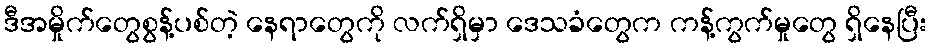
ဒီအမှိုက်တွေစွန့်ပစ်တဲ့ နေရာတွေကို လက်ရှိမှာ ဒေသခံတွေက ကန့်ကွက်မှုတွေ ရှိနေပြီး